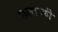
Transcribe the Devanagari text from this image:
कलोब्की